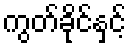
ကွတ်ခိုင်နှင့်